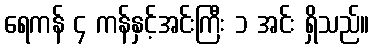
ရေကန် ၄ ကန်နှင့်အင်းကြီး ၁ အင်း ရှိသည်။